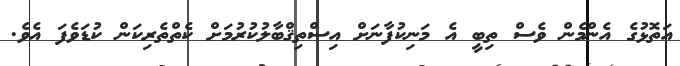
އަތޮޅުގެ އެންމެން ވެސް ތިބީ އެ މަނިކުފާނަށް އިސްތިޤްބާލުކުރުމަށް ކެތްތެރިކަން ކުޑަވެފަ އެވެ.